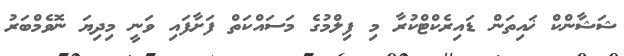
ޝަޝާންކް ޚައިތަން ޑައިރެކްޓްކުރާ މި ފިލްމުގެ މަސައްކަތް ފަށާފައި ވަނީ މިދިޔަ ނޮވެމްބަރު